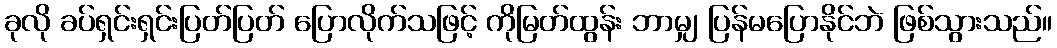
ခုလို ခပ်ရှင်းရှင်းပြတ်ပြတ် ပြောလိုက်သဖြင့် ကိုမြတ်ထွန်း ဘာမျှ ပြန်မပြောနိုင်ဘဲ ဖြစ်သွားသည်။